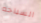
السباحه